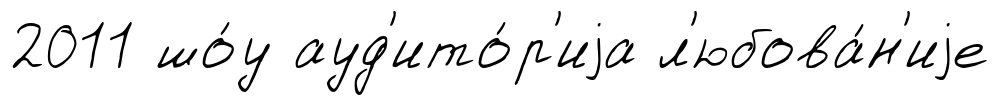
2011 шо́у ауд'ито́р'иjа л'юбова́н'иjе